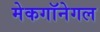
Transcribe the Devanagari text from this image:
मेकगॉनेगल